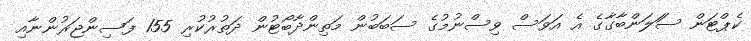
ކެޕްޓަން ސަަލަންބާގާގެ އެ އަވަސް ވިސްނުމުގެ ސަބަބުން މަތިންދާބޯޓުން ދަތުރުކުރި 155 ފަސިންޖަރުންނާއި